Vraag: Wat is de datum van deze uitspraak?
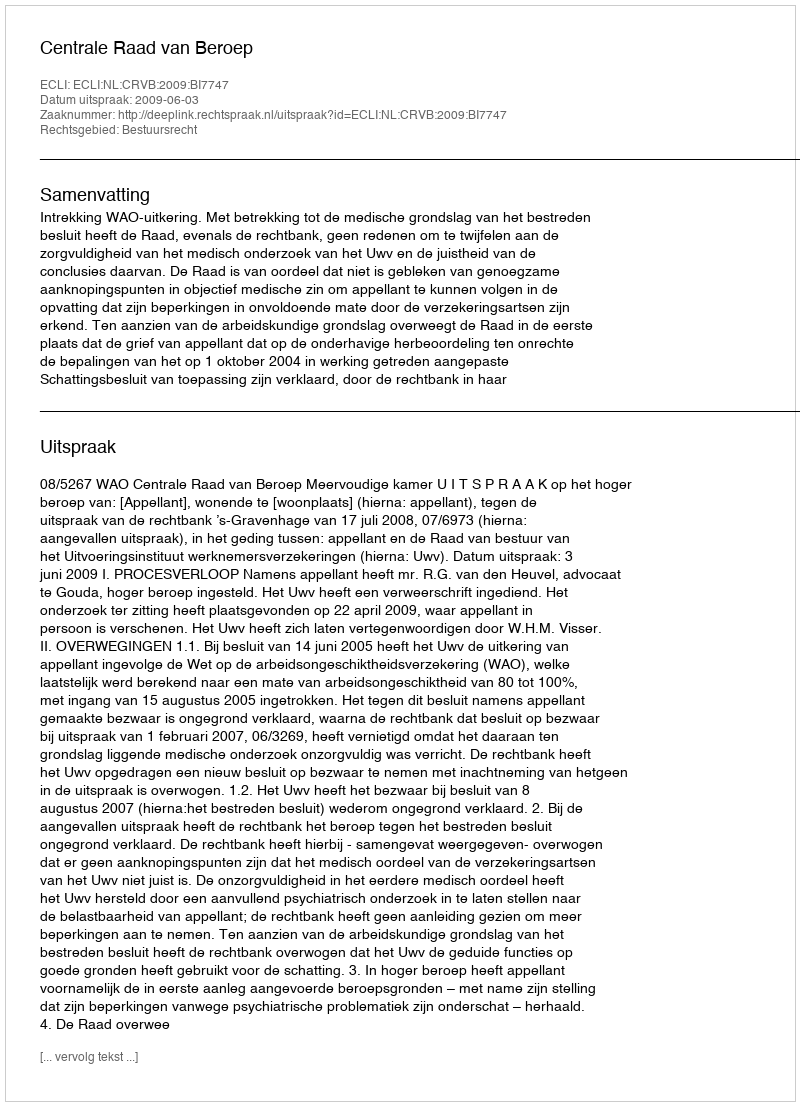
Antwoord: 2009-06-03